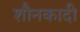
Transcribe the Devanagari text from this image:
शौनकादी